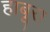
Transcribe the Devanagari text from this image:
हाबूरा